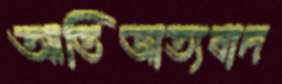
আভিজাত্যবাদ